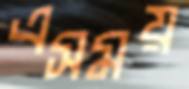
এসময়